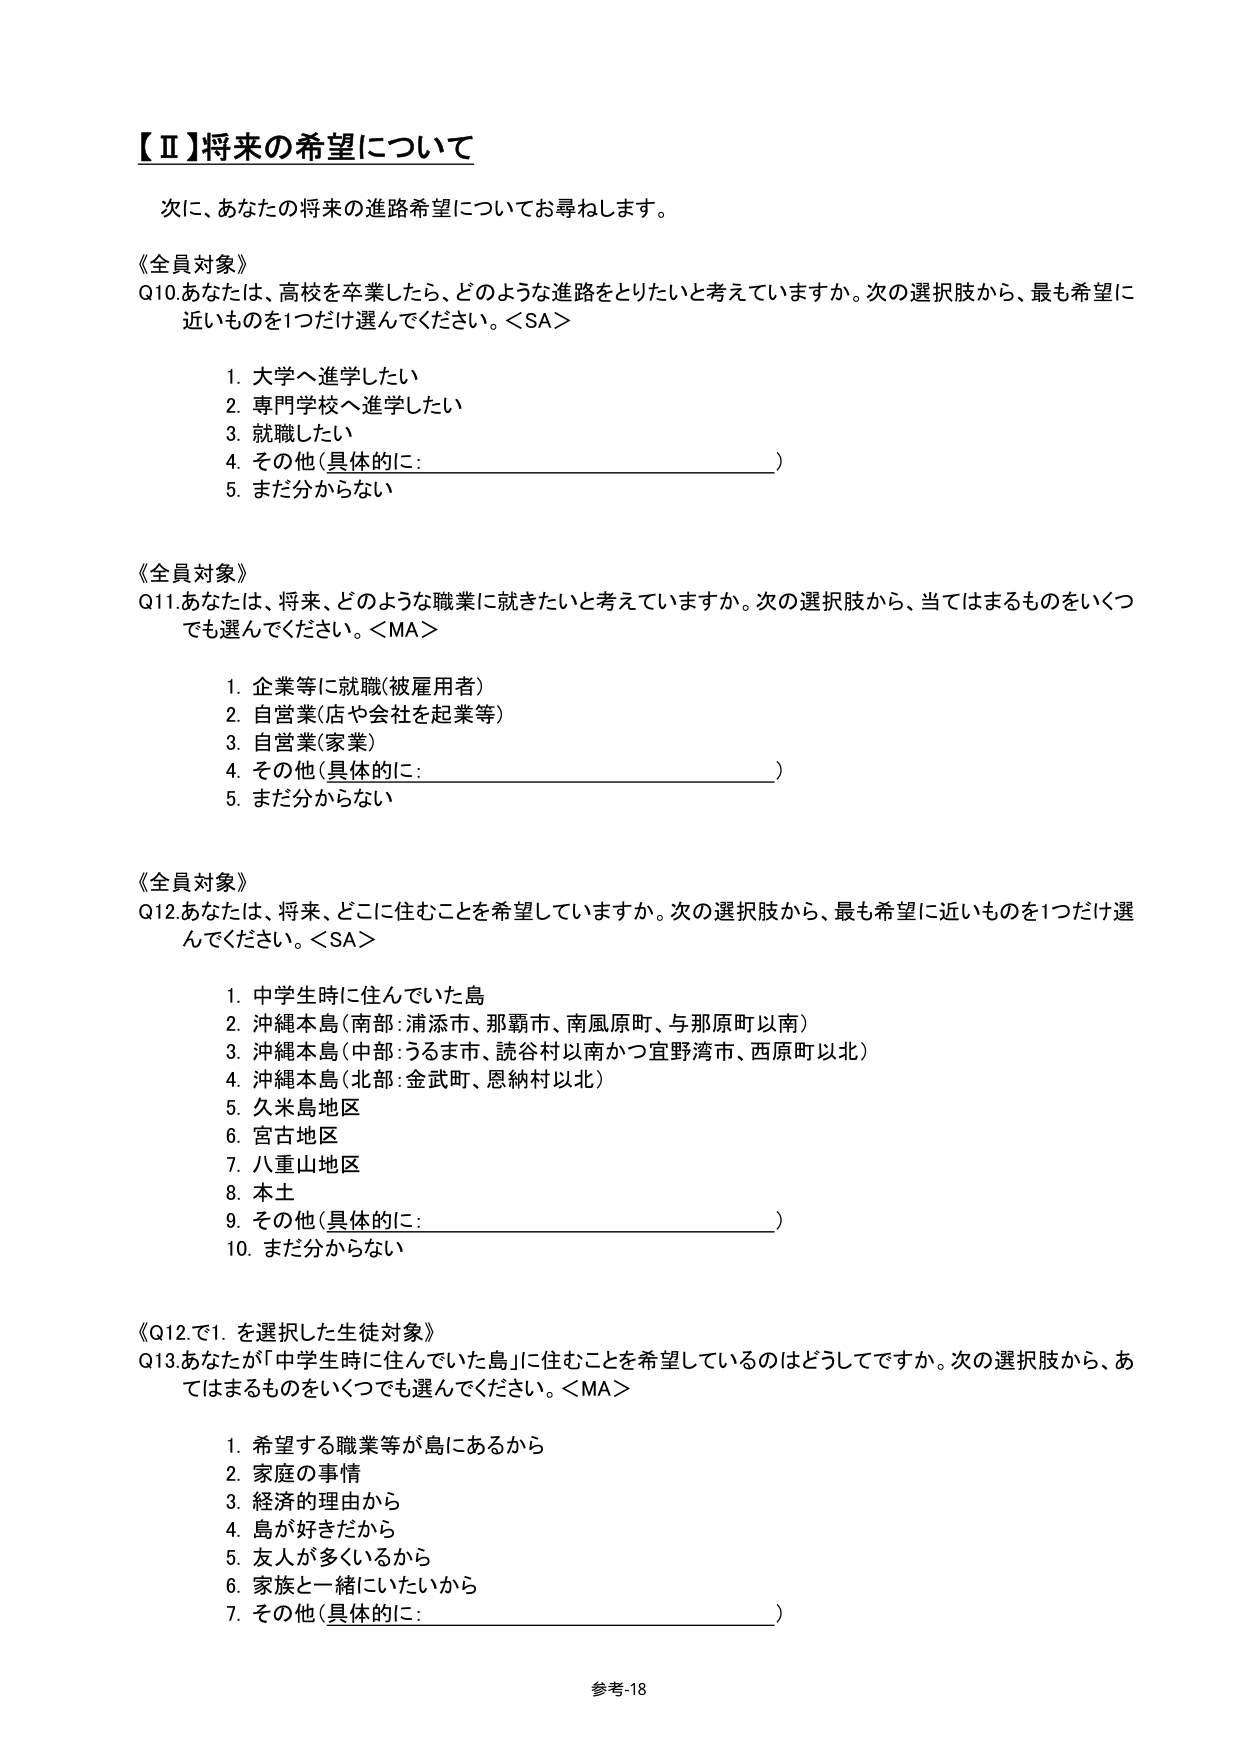
【Ⅱ】将来の希望について

次に、あなたの将来の進路希望についてお尋ねします。

《全員対象》
Q10. あなたは、高校を卒業したら、どのような進路をとりたいと考えていますか。次の選択肢から、最も希望に近いものを1つだけ選んでください。＜SA＞

1. 大学へ進学したい
2. 専門学校へ進学したい
3. 就職したい
4. その他（具体的に：________________________）
5. まだ分からない

《全員対象》
Q11. あなたは、将来、どのような職業に就きたいと考えていますか。次の選択肢から、当てはまるものをいくつでも選んでください。＜MA＞

1. 企業等に就職（被雇用者）
2. 自営業（店や会社を起業等）
3. 自営業（家業）
4. その他（具体的に：________________________）
5. まだ分からない

《全員対象》
Q12. あなたは、将来、どこに住むことを希望していますか。次の選択肢から、最も希望に近いものを1つだけ選んでください。＜SA＞

1. 中学生時に住んでいた島
2. 沖縄本島（南部：浦添市、那覇市、南風原町、与那原町以南）
3. 沖縄本島（中部：うるま市、読谷村以南かつ宜野湾市、西原町以北）
4. 沖縄本島（北部：金武町、恩納村以北）
5. 久米島地区
6. 宮古地区
7. 八重山地区
8. 本土
9. その他（具体的に：________________________）
10. まだ分からない

《Q12で1.を選択した生徒対象》
Q13. あなたが「中学生時に住んでいた島」に住むことを希望しているのはどうしてですか。次の選択肢から、あてはまるものをいくつでも選んでください。＜MA＞

1. 希望する職業等が島にあるから
2. 家庭の事情
3. 経済的理由から
4. 島が好きだから
5. 友人が多くいるから
6. 家族と一緒にいたいから
7. その他（具体的に：________________________）

参考-18